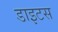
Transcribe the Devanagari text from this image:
डाइटस